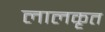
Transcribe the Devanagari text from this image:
लालकृत